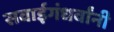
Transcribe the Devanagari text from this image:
सवाईगंधर्वांनी